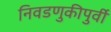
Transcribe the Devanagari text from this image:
निवडणुकीपुर्वी